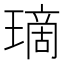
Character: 𤨬